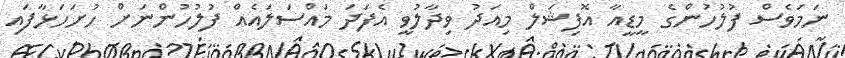
ނަމަވެސް ފުލުހުންގެ މީޑީއާ އޮފިޝަލް މިއަދު ވިދާލުވީ އެފަދަ މައްސަލައެއް ފުލުހުންނަށް ހުށަހަޅާފައި